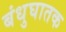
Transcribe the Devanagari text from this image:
बंधुघातक